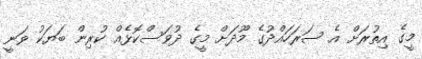
މީގެ އިތުރަށް އެ ސަރަހައްދުގެ މޫދަށް މީގެ ދުވަސްކޮޅެއް ކުރިން ބަޔަކު ވަނީ